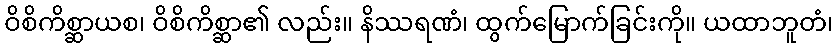
ဝိစိကိစ္ဆာယစ၊ ဝိစိကိစ္ဆာ၏ လည်း။ နိဿရဏံ၊ ထွက်မြောက်ခြင်းကို။ ယထာဘူတံ၊